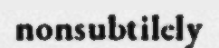
nonsubtilely